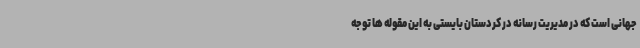
جهانی است که در مدیریت رسانه در کردستان بایستی به این مقوله ها توجه